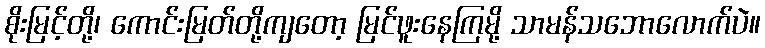
စိုးမြင့်တို့၊ ကောင်းမြတ်တို့ကျတော့ မြင်ဖူးနေကြမို့ သာမန်သဘောလောက်ပဲ။